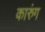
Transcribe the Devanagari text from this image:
कारुंग